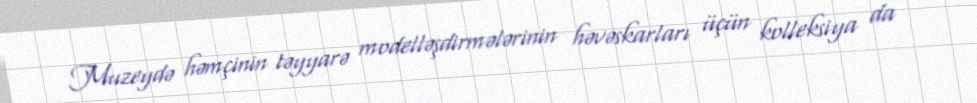
Muzeydə həmçinin təyyarə modelləşdirmələrinin həvəskarları üçün kolleksiya da